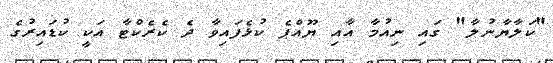
"ކަލާޔާނުލާ" ގައި ނިއުމާ އާއި ޔޫއްޕެ ކުޅެފައިވާ ދެ ކެރެކްޓާ އަކީ ކުޑައިރުގެ